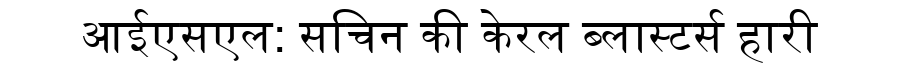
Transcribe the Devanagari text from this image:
आईएसएल: सचिन की केरल ब्लास्टर्स हारी